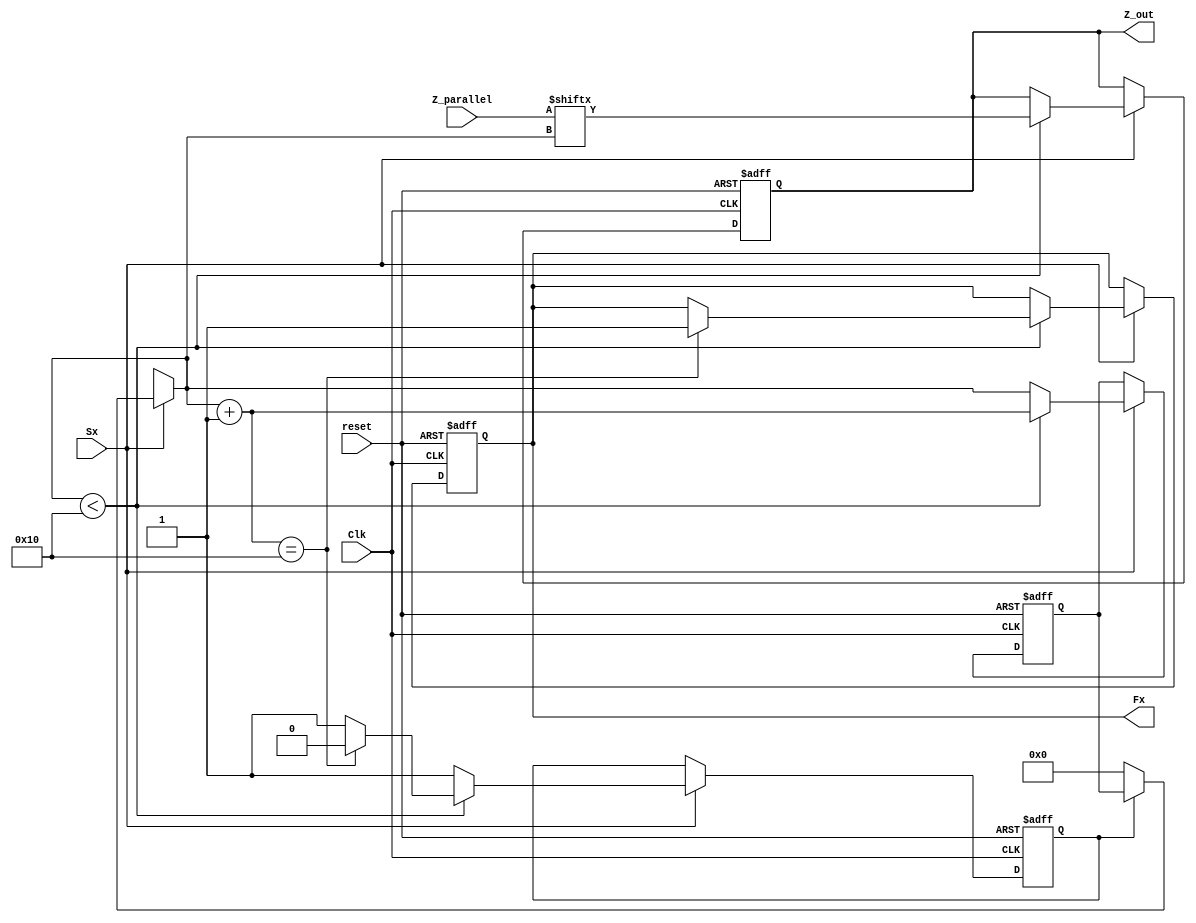
//Verilog HDL for "lab3", "shiftout" "verilog"


module shiftout #(parameter DATA_WIDTH = 16, COUNTER_WIDTH = 5) (Z_parallel, Sx, reset, Clk, Z_out, Fx );
input [DATA_WIDTH-1:0] Z_parallel;
input Sx, reset, Clk;
output Z_out, Fx;
reg Z_out, Fx;
reg [COUNTER_WIDTH-1:0] counter;
reg new_shift_out;

always @(posedge Clk or posedge reset)
	if (reset) begin //non-blocking statements
		Fx = 1'b0;
		Z_out = 1'b0;
		counter = {COUNTER_WIDTH{1'b0}};
		new_shift_out = 1'b0;
	end else if (Sx) begin //blocking statements
		if(new_shift_out ==1'b0) begin //reset counter if new stream of bits
			new_shift_out = 1'b1;
			counter = {COUNTER_WIDTH{1'b0}};
		end
			
		if(counter < DATA_WIDTH) begin
			Z_out = Z_parallel[counter]; //set new bit to next place
			counter = counter + 1; //increment counter
			if(counter == DATA_WIDTH) begin //once DATA_WIDTH bits have passed through, set Fx to high
				Fx = 1'b1;
				new_shift_out = 1'b0;
			end
		end
	end

endmodule